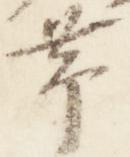
帯